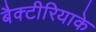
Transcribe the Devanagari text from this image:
बैक्टीरियाके